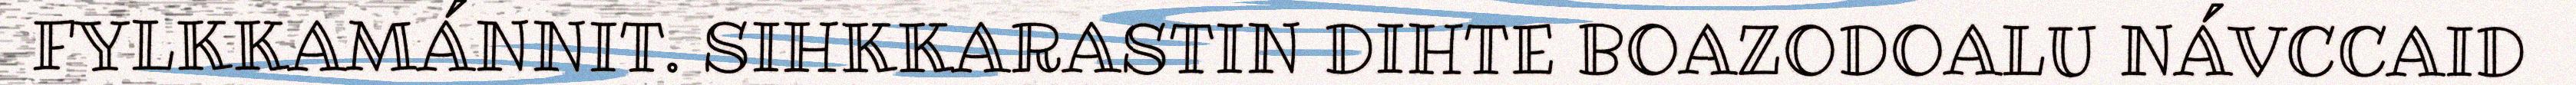
FYLKKAMÁNNIT. SIHKKARASTIN DIHTE BOAZODOALU NÁVCCAID